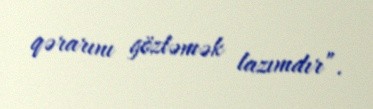
qərarını gözləmək lazımdır”.